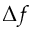
\Delta f